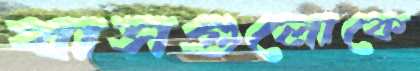
বাসগুলোকে